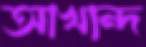
আখান্দ